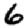
Digit: 6